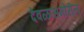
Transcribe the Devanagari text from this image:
देवळासमोरील